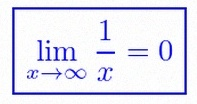
\lim_{x\to\infty}\frac{1}{x}=0